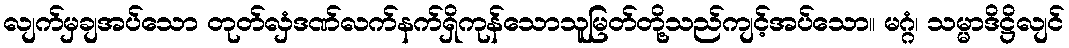
လျက်မှချအပ်သော တုတ်လှံဒဏ်လက်နက်ရှိကုန်သောသူမြတ်တို့သည်ကျင့်အပ်သော။ မဂ္ဂံ၊ သမ္မာဒိဋ္ဌိလျင်